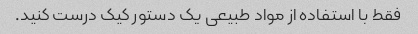
فقط با استفاده از مواد طبیعی یک دستور کیک درست کنید.